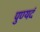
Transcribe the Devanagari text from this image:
पुण्यदं